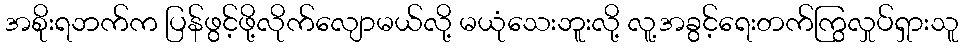
အစိုးရဘက်က ပြန်ဖွင့်ဖို့လိုက်လျောမယ်လို့ မယုံသေးဘူးလို့ လူ့အခွင့်ရေးတက်ကြွလှုပ်ရှားသူ